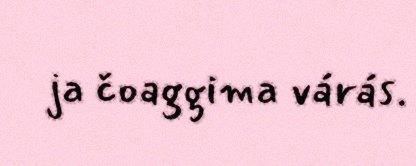
ja čoaggima várás.